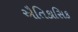
ઐતિકાસિક